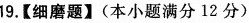
19.【细磨题】(本小题满分12分)